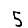
Digit: 5